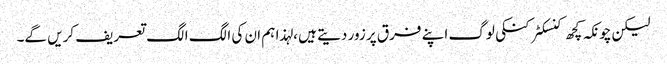
لیکن چونکہ کچھ کنسکٹر کنکی لوگ اپنے فرق پر زور دیتے ہیں ، لہذا ہم ان کی الگ الگ تعریف کریں گے۔